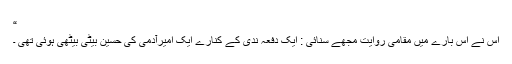
“
اس نے اس بارے میں مقامی روایت مجھے سنائی : ایک دفعہ ندی کے کنارے ایک امیرآدمی کی حسین بیٹی بیٹھی ہوئی تھی ۔